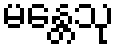
မန္တေသု